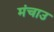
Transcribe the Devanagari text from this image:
मंचाउ